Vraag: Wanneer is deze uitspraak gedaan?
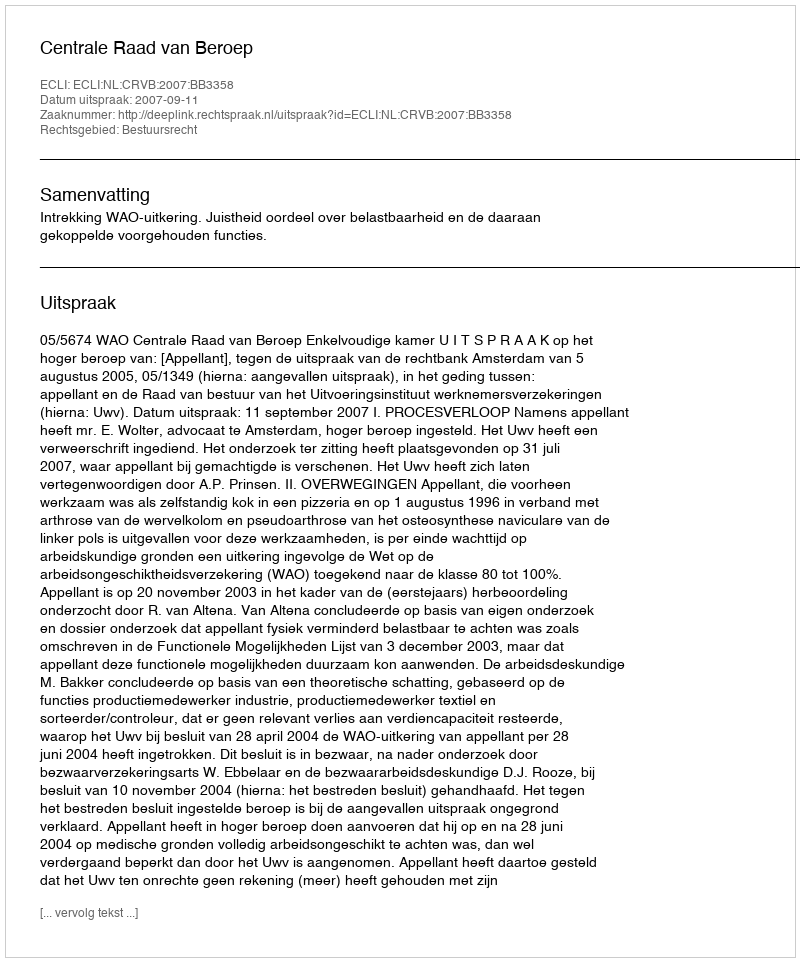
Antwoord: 2007-09-11